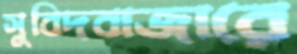
সুবিদবাজারে